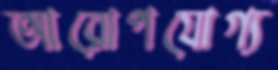
আরোপযোগ্য